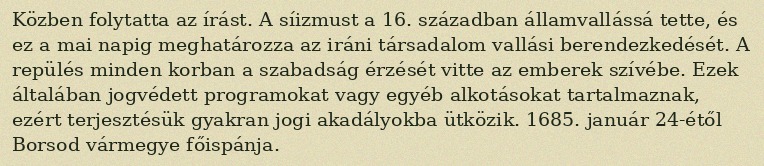
Közben folytatta az írást. A síizmust a 16. században államvallássá tette, és ez a mai napig meghatározza az iráni társadalom vallási berendezkedését. A repülés minden korban a szabadság érzését vitte az emberek szívébe. Ezek általában jogvédett programokat vagy egyéb alkotásokat tartalmaznak, ezért terjesztésük gyakran jogi akadályokba ütközik. 1685. január 24-étől Borsod vármegye főispánja.